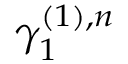
\gamma _ { 1 } ^ { ( 1 ) , n }